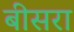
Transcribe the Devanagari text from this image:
बीसरा